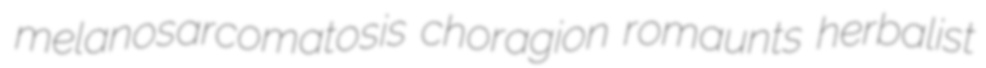
melanosarcomatosis choragion romaunts herbalist